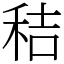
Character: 秸